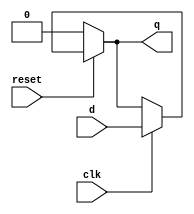
`timescale 1ns / 1ps
//////////////////////////////////////////////////////////////////////////////////
// Company: 
// Engineer: 
// 
// Design Name: 
// Module Name: latch_reset_1
// Project Name: 
// Target Devices: 
// Tool Versions: 
// Description: 
// 
// Dependencies: 
// 
// Revision:
// Revision 0.01 - File Created
// Additional Comments:
// 
//////////////////////////////////////////////////////////////////////////////////


module latch_reset_1  
      (
        input  clk,reset,
         input  d,
        output  q  
    );
           assign q = (!reset)? 0:(clk?d:q);
     endmodule